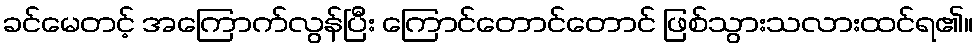
ခင်မေတင့် အကြောက်လွန်ပြီး ကြောင်တောင်တောင် ဖြစ်သွားသလားထင်ရ၏။